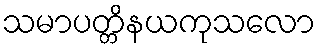
သမာပတ္တိနယကုသလော